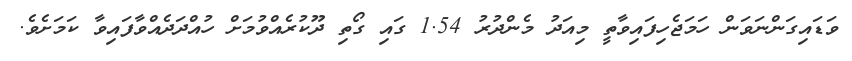
ވަޑައިގަންނަވަން ހަމަޖެހިފައިވާތީ މިއަދު މެންދުރު 1.54 ގައި ގޯތި ދޫކުރެއްވުމަށް ހުއްދަދެއްވާފައިވާ ކަމަށެވެ.